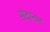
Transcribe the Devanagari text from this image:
संदानम